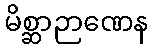
မိစ္ဆာဉာဏေန